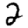
Digit: 2